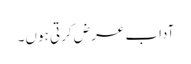
آداب عرض کرتی ہوں۔